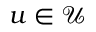
u \in { \mathcal { U } }